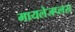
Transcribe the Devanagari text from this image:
मायलेजप्लस